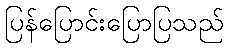
ပြန်ပြောင်းပြောပြသည်